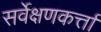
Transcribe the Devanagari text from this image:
सर्वेक्षणकर्त्ता